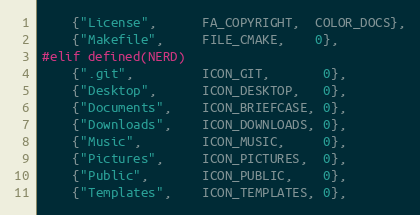
Language: C
	{"License",      FA_COPYRIGHT,  COLOR_DOCS},
	{"Makefile",     FILE_CMAKE,    0},
#elif defined(NERD)
	{".git",         ICON_GIT,       0},
	{"Desktop",      ICON_DESKTOP,   0},
	{"Documents",    ICON_BRIEFCASE, 0},
	{"Downloads",    ICON_DOWNLOADS, 0},
	{"Music",        ICON_MUSIC,     0},
	{"Pictures",     ICON_PICTURES,  0},
	{"Public",       ICON_PUBLIC,    0},
	{"Templates",    ICON_TEMPLATES, 0},